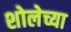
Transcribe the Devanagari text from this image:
शोलेच्या